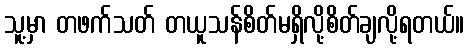
သူ့မှာ တဖက်သတ် တယူသန်စိတ်မရှိလို့စိတ်ချလို့ရတယ်။